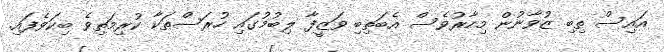
އައިސް ތިބި ޒުވާނުން މިހާރުވެސް އެބަތިބި ވަޒީފާ ލިބުމުގައި ހުރަސްތަކާ ކުރިމަތިވެ ބިކަވެފައި.